65_HS1-834228961_62-HQ-83894_Section_4
Agency: FBI
Page 207
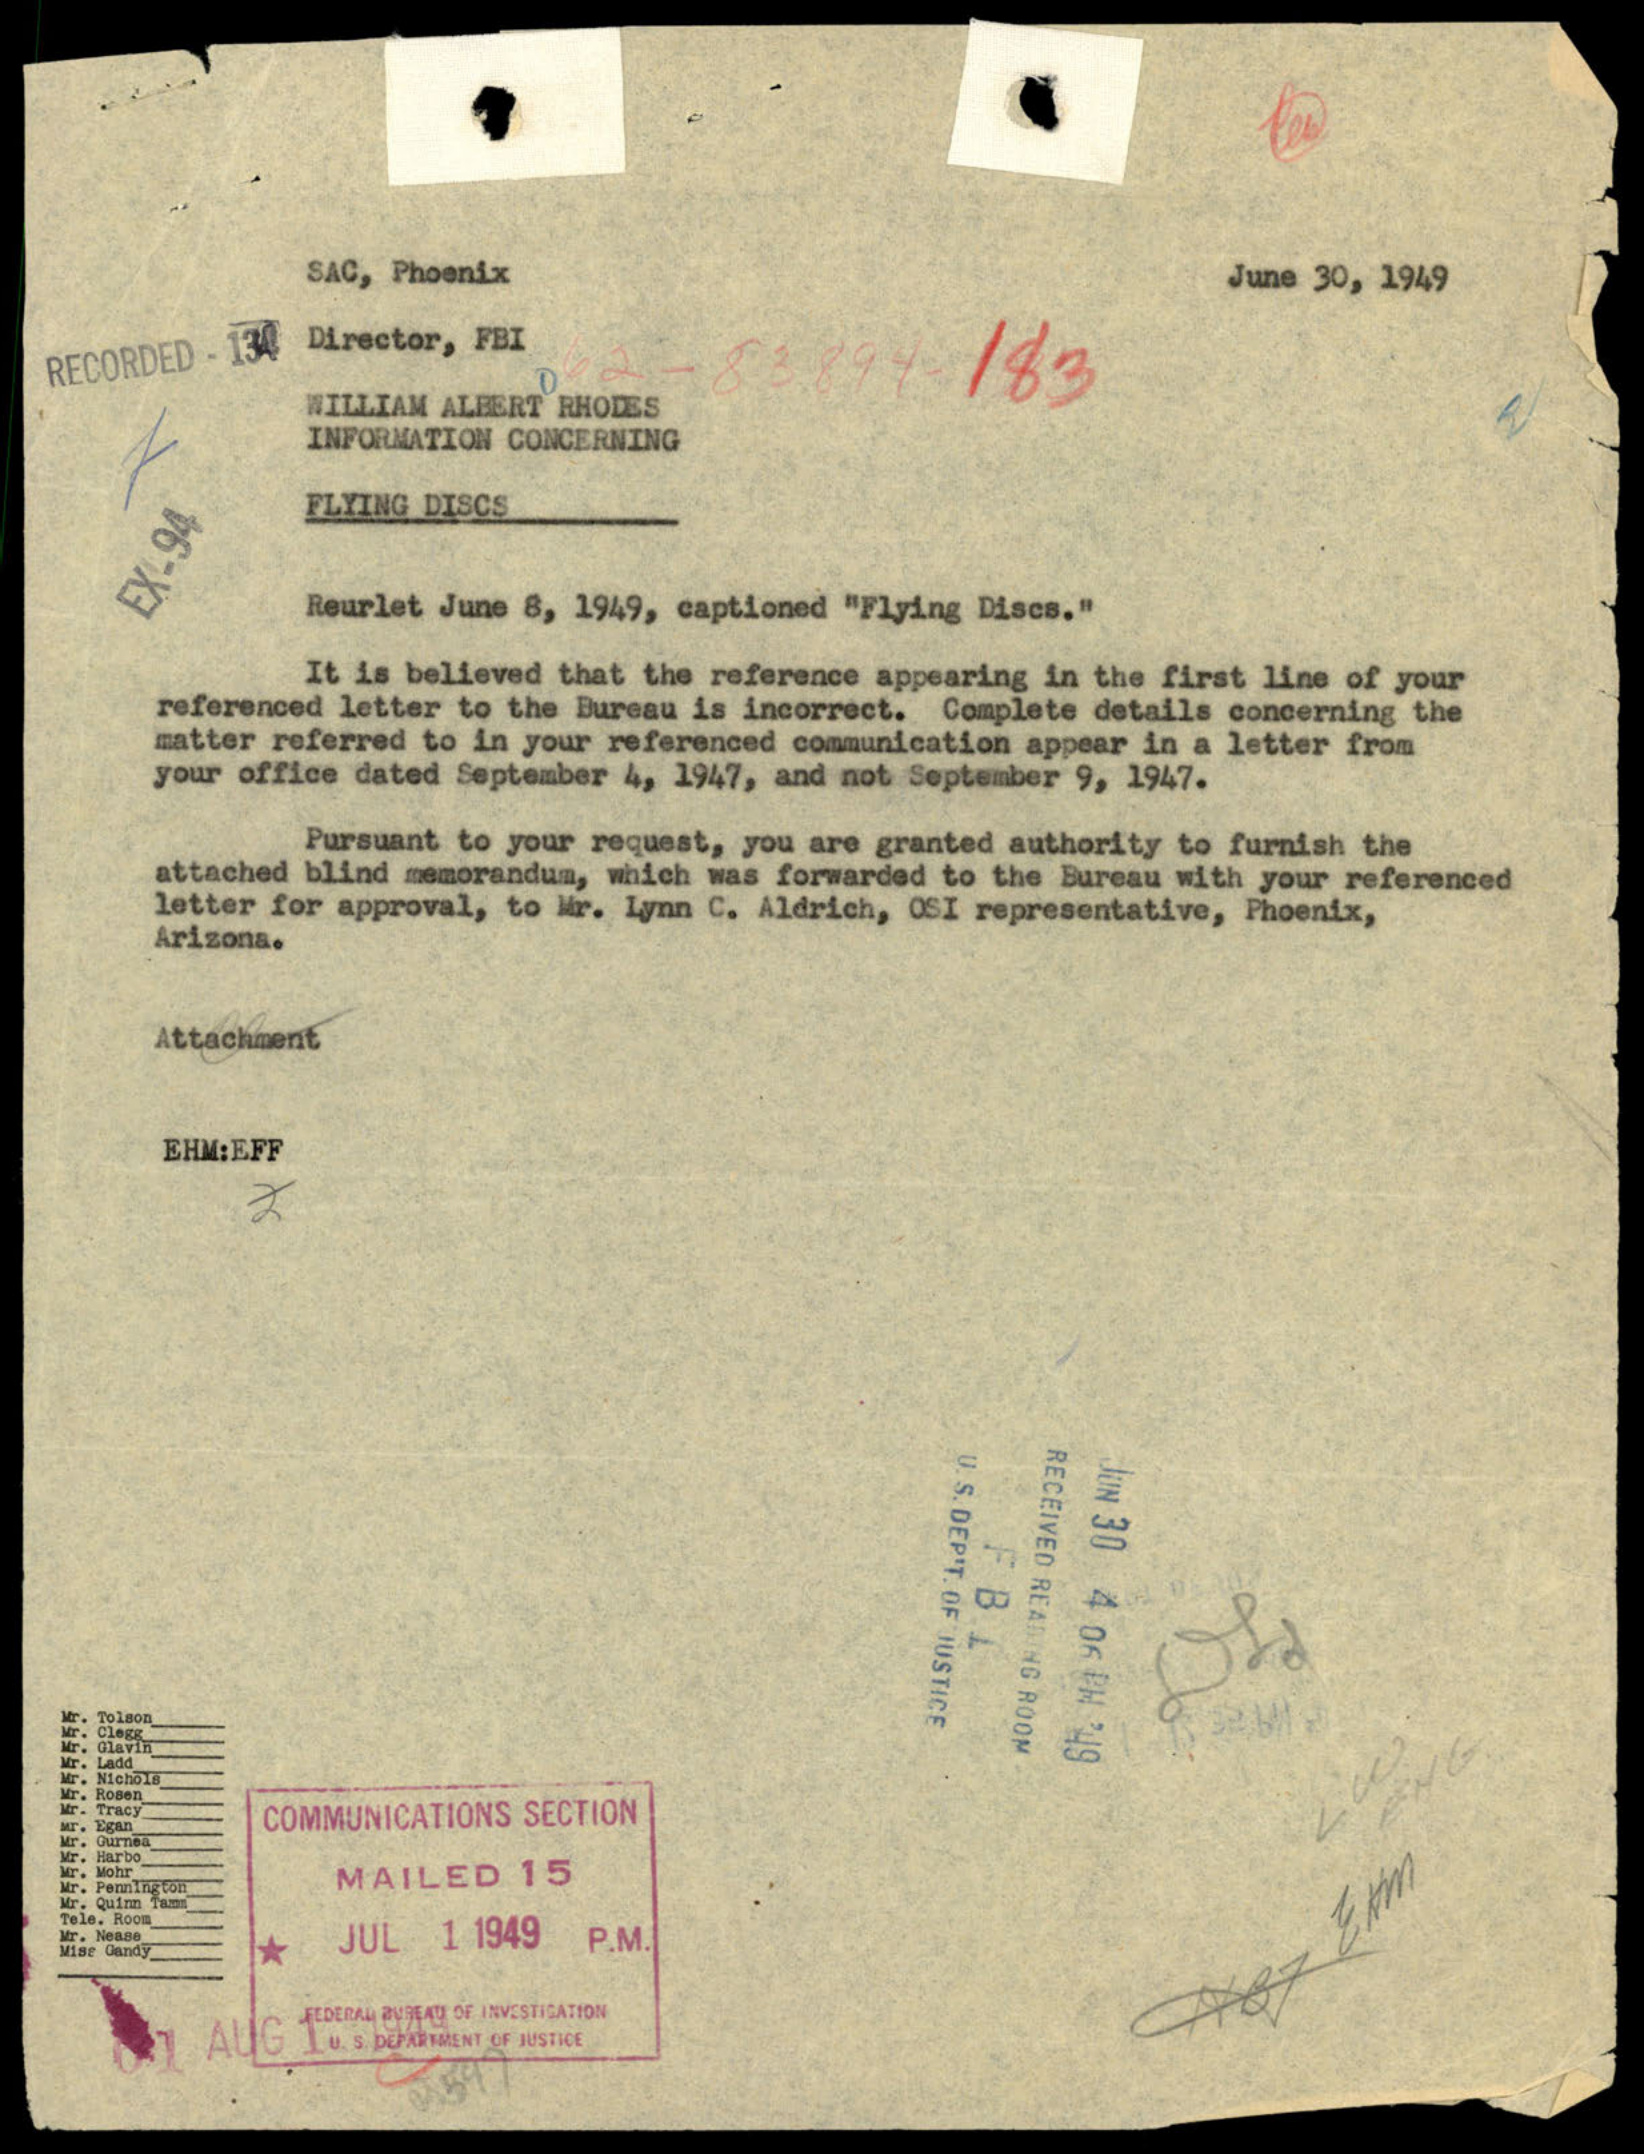